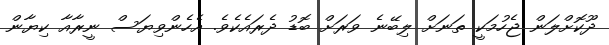
ދޫކޮށްލަން ޖެހުމަކީ ތަނަށް ލިބޭނެ ވަރަށް ބޮޑު ދެރައެކެވެ. އެހެންވިޔަސް ނީރާއާ ކިޔާން